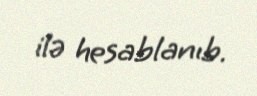
ilə hesablanıb.